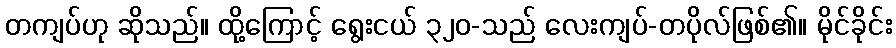
တကျပ်ဟု ဆိုသည်။ ထို့ကြောင့် ရွေးငယ် ၃၂၀-သည် လေးကျပ်-တပိုလ်ဖြစ်၏။ မိုင်ခိုင်း